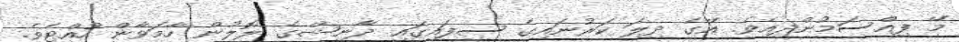
މޭ ފިއްސަމުންދިއެވެ. އޭގެ ދިލަ ކަރުނައިގެ ސިފައިގައިި ދާނިޝްގެ ލޮލުން ހާމަވާން ހުއްޓެވެ.